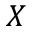
X